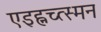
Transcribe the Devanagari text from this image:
एइह्नच्त्स्मन